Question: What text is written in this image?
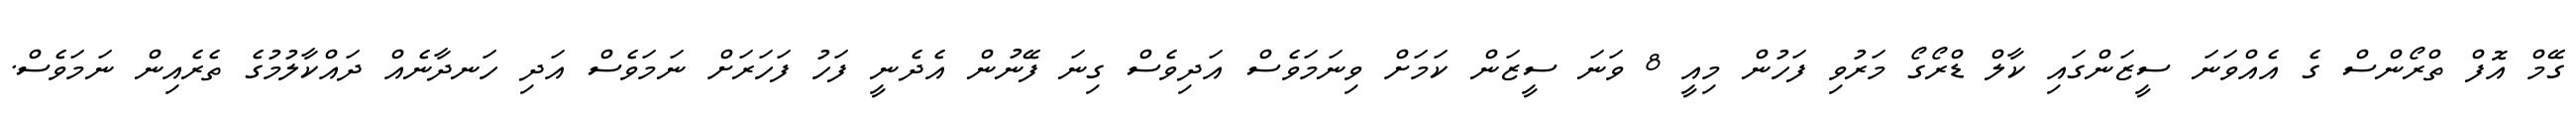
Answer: ގޭމް އޮފް ތްރޯންސް ގެ އެއްވަނަ ސީޒަންގައި ކާލް ޑްރޯގޯ މަރުވި ފަހުން މިއީ 8 ވަނަ ސީޒަން ކަމަށް ވިނަމަވެސް އަދިވެސް ގިނަ ފޭނުން އެދެނީ ފަހު ފަހަރަށް ނަމަވެސް އަދި ހަނދާނެއް ދައްކާލުމުގެ ތެރެއިން ނަމަވެސް.